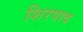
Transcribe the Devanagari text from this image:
शिरपाव